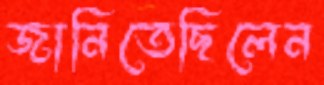
জানিতেছিলেন